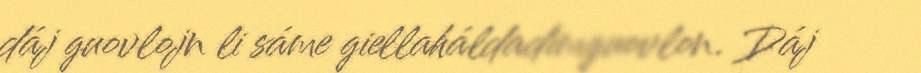
dáj guovlojn li sáme giellaháldadimguovlon. Dáj